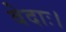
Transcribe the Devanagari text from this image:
वेदाः।